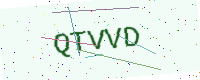
Text: QTVVD